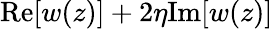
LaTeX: \mathrm{Re}[w(z)]+2\eta\mathrm{Im}[w(z)]